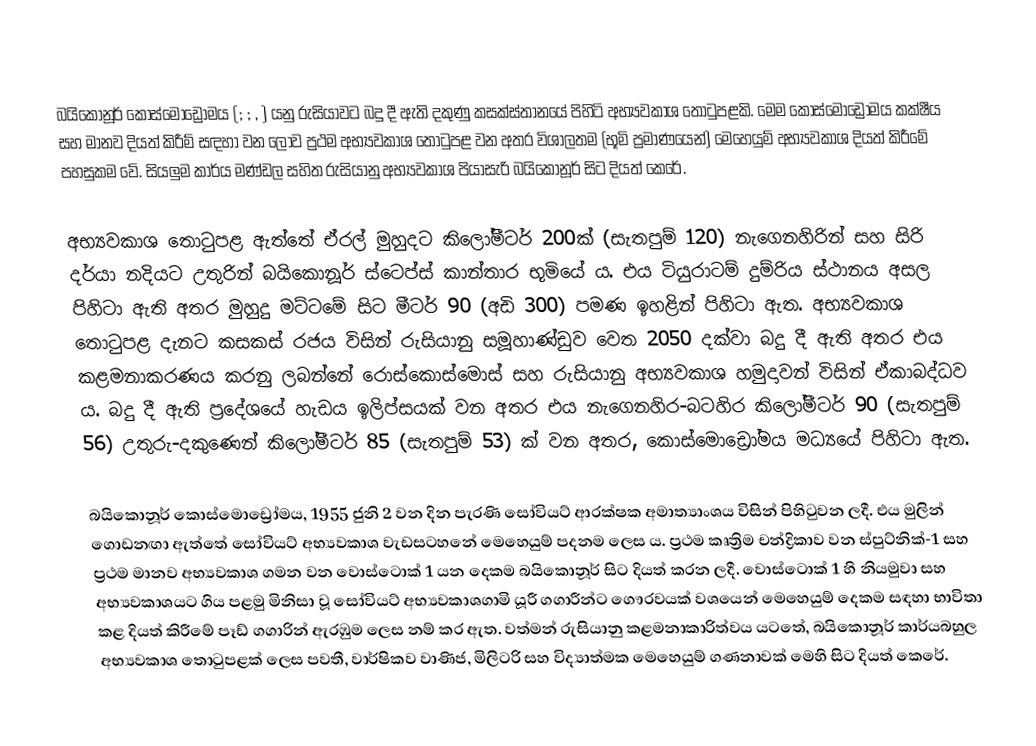
බයිකොනූර් කොස්මොඩ්‍රෝමය (; ; , ) යනු රුසියාවට බදු දී ඇති දකුණු කසක්ස්තානයේ පිහිටි අභ්‍යවකාශ තොටුපළකි. මෙම කොස්මොඩ්‍රෝමය කක්ෂීය සහ මානව දියත් කිරීම් සඳහා වන ලොව ප්‍රථම අභ්‍යවකාශ තොටුපළ වන අතර විශාලතම (භූමි ප්‍රමාණයෙන්) මෙහෙයුම් අභ්‍යවකාශ දියත් කිරීමේ පහසුකම වේ. සියලුම කාර්ය මණ්ඩල සහිත රුසියානු අභ්‍යවකාශ පියාසැරි බයිකොනූර් සිට දියත් කෙරේ.

අභ්‍යවකාශ තොටුපළ ඇත්තේ ඒරල් මුහුදට කිලෝමීටර් 200ක් (සැතපුම් 120) නැගෙනහිරින් සහ සිරි දර්යා නදියට උතුරින් බයිකොනූර් ස්ටෙප්ස් කාන්තාර භූමියේ ය. එය ටියුරාටම් දුම්රිය ස්ථානය අසල පිහිටා ඇති අතර මුහුදු මට්ටමේ සිට මීටර් 90 (අඩි 300) පමණ ඉහළින් පිහිටා ඇත. අභ්‍යවකාශ තොටුපළ දැනට කසකස් රජය විසින් රුසියානු සමූහාණ්ඩුව වෙත 2050 දක්වා බදු දී ඇති අතර එය කළමනාකරණය කරනු ලබන්නේ රොස්කොස්මොස් සහ රුසියානු අභ්‍යවකාශ හමුදාවන් විසින් ඒකාබද්ධව ය. බදු දී ඇති ප්‍රදේශයේ හැඩය ඉලිප්සයක් වන අතර එය නැගෙනහිර-බටහිර කිලෝමීටර් 90 (සැතපුම් 56) උතුරු-දකුණෙන් කිලෝමීටර් 85 (සැතපුම් 53) ක් වන අතර, කොස්මොඩ්‍රෝමය මධ්‍යයේ පිහිටා ඇත.

බයිකොනූර් කොස්මොඩ්‍රෝමය, 1955 ජුනි 2 වන දින පැරණි සෝවියට් ආරක්ෂක අමාත්‍යාංශය විසින් පිහිටුවන ලදී. එය මුලින් ගොඩනඟා ඇත්තේ සෝවියට් අභ්‍යවකාශ වැඩසටහනේ මෙහෙයුම් පදනම ලෙස ය. ප්‍රථම කෘත්‍රිම චන්ද්‍රිකාව වන ස්පුට්නික්-1 සහ ප්‍රථම මානව අභ්‍යවකාශ ගමන වන වොස්ටොක් 1 යන දෙකම බයිකොනූර් සිට දියත් කරන ලදී. වොස්ටොක් 1 හි නියමුවා සහ අභ්‍යවකාශයට ගිය පළමු මිනිසා වූ සෝවියට් අභ්‍යවකාශගාමි යූරී ගගාරීන්ට ගෞරවයක් වශයෙන් මෙහෙයුම් දෙකම සඳහා භාවිතා කළ දියත් කිරීමේ පෑඩ් ගගාරින් ඇරඹුම ලෙස නම් කර ඇත. වත්මන් රුසියානු කළමනාකාරිත්වය යටතේ, බයිකොනූර් කාර්යබහුල අභ්‍යවකාශ තොටුපළක් ලෙස පවතී, වාර්ෂිකව වාණිජ, මිලිටරි සහ විද්‍යාත්මක මෙහෙයුම් ගණනාවක් මෙහි සිට දියත් කෙරේ.